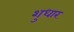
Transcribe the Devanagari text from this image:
शुधार